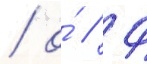
/ о́ // Ф